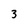
Character: 3